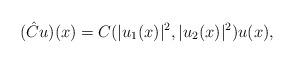
LaTeX: \begin{align*}(\hat Cu)(x)=C(|u_1(x)|^2,|u_2(x)|^2) u(x),\end{align*}